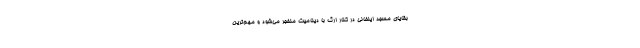
بقایای مسجد ایلخانی در کنار ارگ با دینامیت منفجر می‌شود و مهم‌ترین